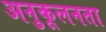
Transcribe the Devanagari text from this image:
अनुकूलनता